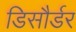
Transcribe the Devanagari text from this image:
डिसौर्डर